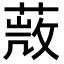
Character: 𦵨